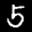
Label: 5